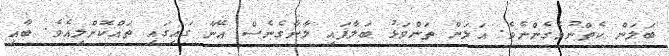
ބަލަން ކެތްނުވެގެންނެވެ. އަލަން ތަންވަޅު ބަލާފައި ލާނާގެނެސް އޭނާ ގައިގައި ތައްކޮށްލިއެވެ. ބާއި